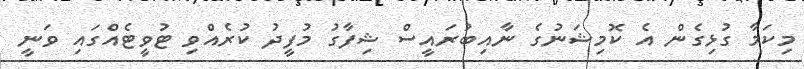
މިކަމާ ގުޅިގެން އެ ކޮމިޝަނުގެ ނާއިބުރައީސް ޝިފާގު މުފީދު ކުރެއްވި ޓުވީޓެއްގައި ވަނީ